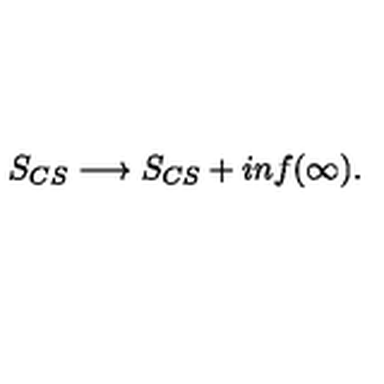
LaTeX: S _ { C S } \longrightarrow S _ { C S } + i n f ( \infty ) .